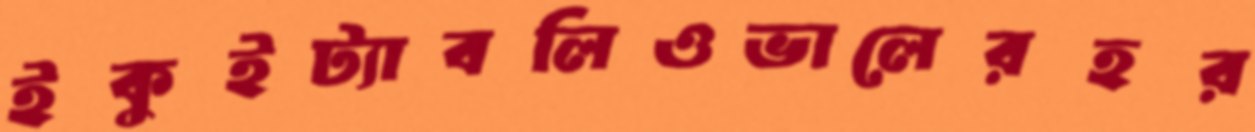
ইকুইট্যাবলিওভালেরহর